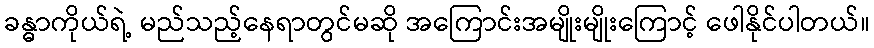
ခန္ဓာကိုယ်ရဲ့ မည်သည့်နေရာတွင်မဆို အကြောင်းအမျိုးမျိုးကြောင့် ဖေါနိုင်ပါတယ်။